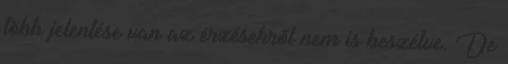
több jelentése van az érzésekről nem is beszélve. De